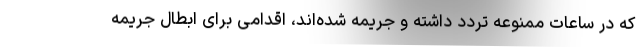
که در ساعات ممنوعه تردد داشته و جریمه شده‌اند، اقدامی برای ابطال جریمه